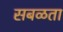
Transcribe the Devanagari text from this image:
सबळता